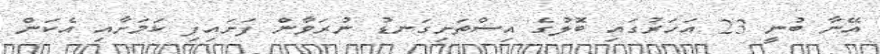
އޭނާ ބުނީ 23 އަހަރުގައި ބޮލުގެ އިސްތަށިގަނޑު ނުރަވާން ފަށައިފި ކަމަށާއި އެކަން